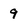
Character: 9